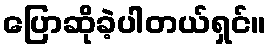
ပြောဆိုခဲ့ပါတယ်ရှင်။